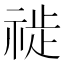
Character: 𱵖